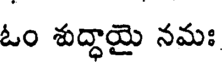
ఓం శుద్ధాయై నమః